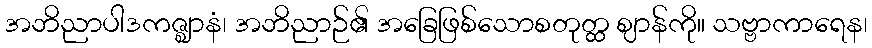
အဘိညာပါဒကဇ္ဈာနံ၊ အဘိညာဉ်၏ အခြေဖြစ်သောစတုတ္ထ ဈာန်ကို။ သဗ္ဗာကာရေန၊